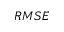
R M S E